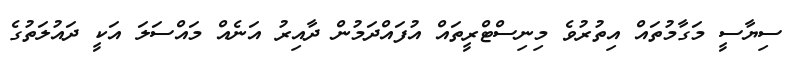
ސިޔާސީ މަގާމުތައް އިތުރުވެ މިނިސްޓްރީތައް އުފައްދަމުން ދާއިރު އަނެއް މައްސަލަ އަކީ ދައުލަތުގެ